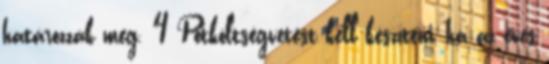
határozzák meg. 4 Pótköltségvetést kell készíteni, ha az éves